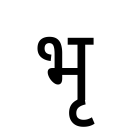
OCR:
भृ